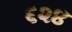
૬૨૪